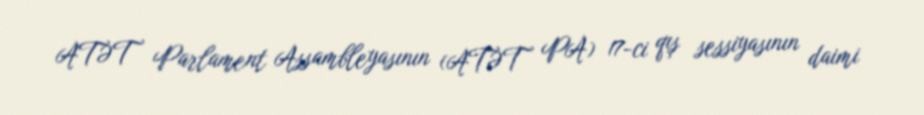
ATƏT Parlament Assambleyasının (ATƏT PA) 17-ci qış sessiyasının daimi